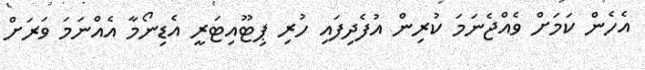
އެހެން ކަމަށް ވެއްޖެނަމަ ކުރިން އުފެދިފައި ހުރި ޕިޓޫއިޓަރީ އެޑިނޯމާ އެއްނަމަ ވަރަށް